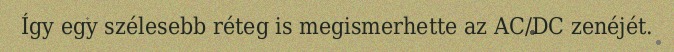
Így egy szélesebb réteg is megismerhette az AC/DC zenéjét.